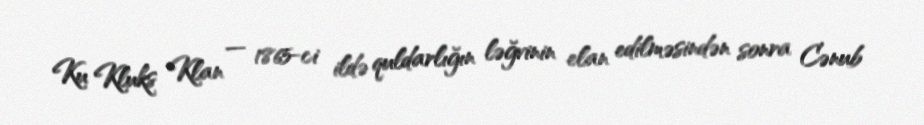
Ku Kluks Klan — 1865-ci ildə quldarlığın ləğvinin elan edilməsindən sonra Cənub